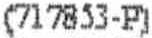
(717853-P)